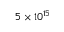
5 \times 1 0 ^ { 1 5 }